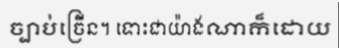
ច្បាប់ច្រើន។ ទោះជាយ៉ាងណាក៏ដោយ